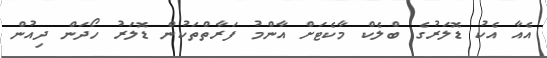
އެއާ އެކު ޑޮލަރުގެ ބްލެކް މާކެޓަށް އާންމު ފަރާތްތަކުން ޑޮލަރު ހޯދަން ދިއުން